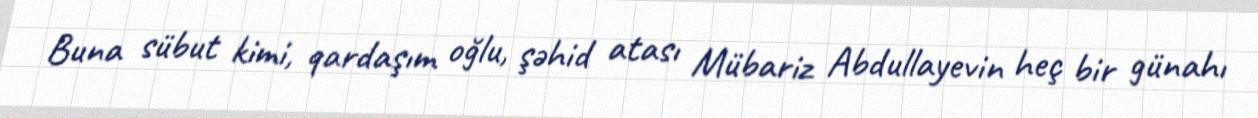
Buna sübut kimi, qardaşım oğlu, şəhid atası Mübariz Abdullayevin heç bir günahı